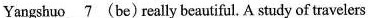
Yangshuo \underline{7}(be)really beautiful. A study of travelers